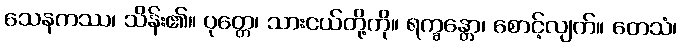
သေနကဿ၊ သိန်း၏။ ပုတ္တေ၊ သားငယ်တို့ကို။ ရက္ခန္တော၊ စောင့်လျက်။ တေသံ၊